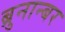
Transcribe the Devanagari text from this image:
ब्रुनान्बर